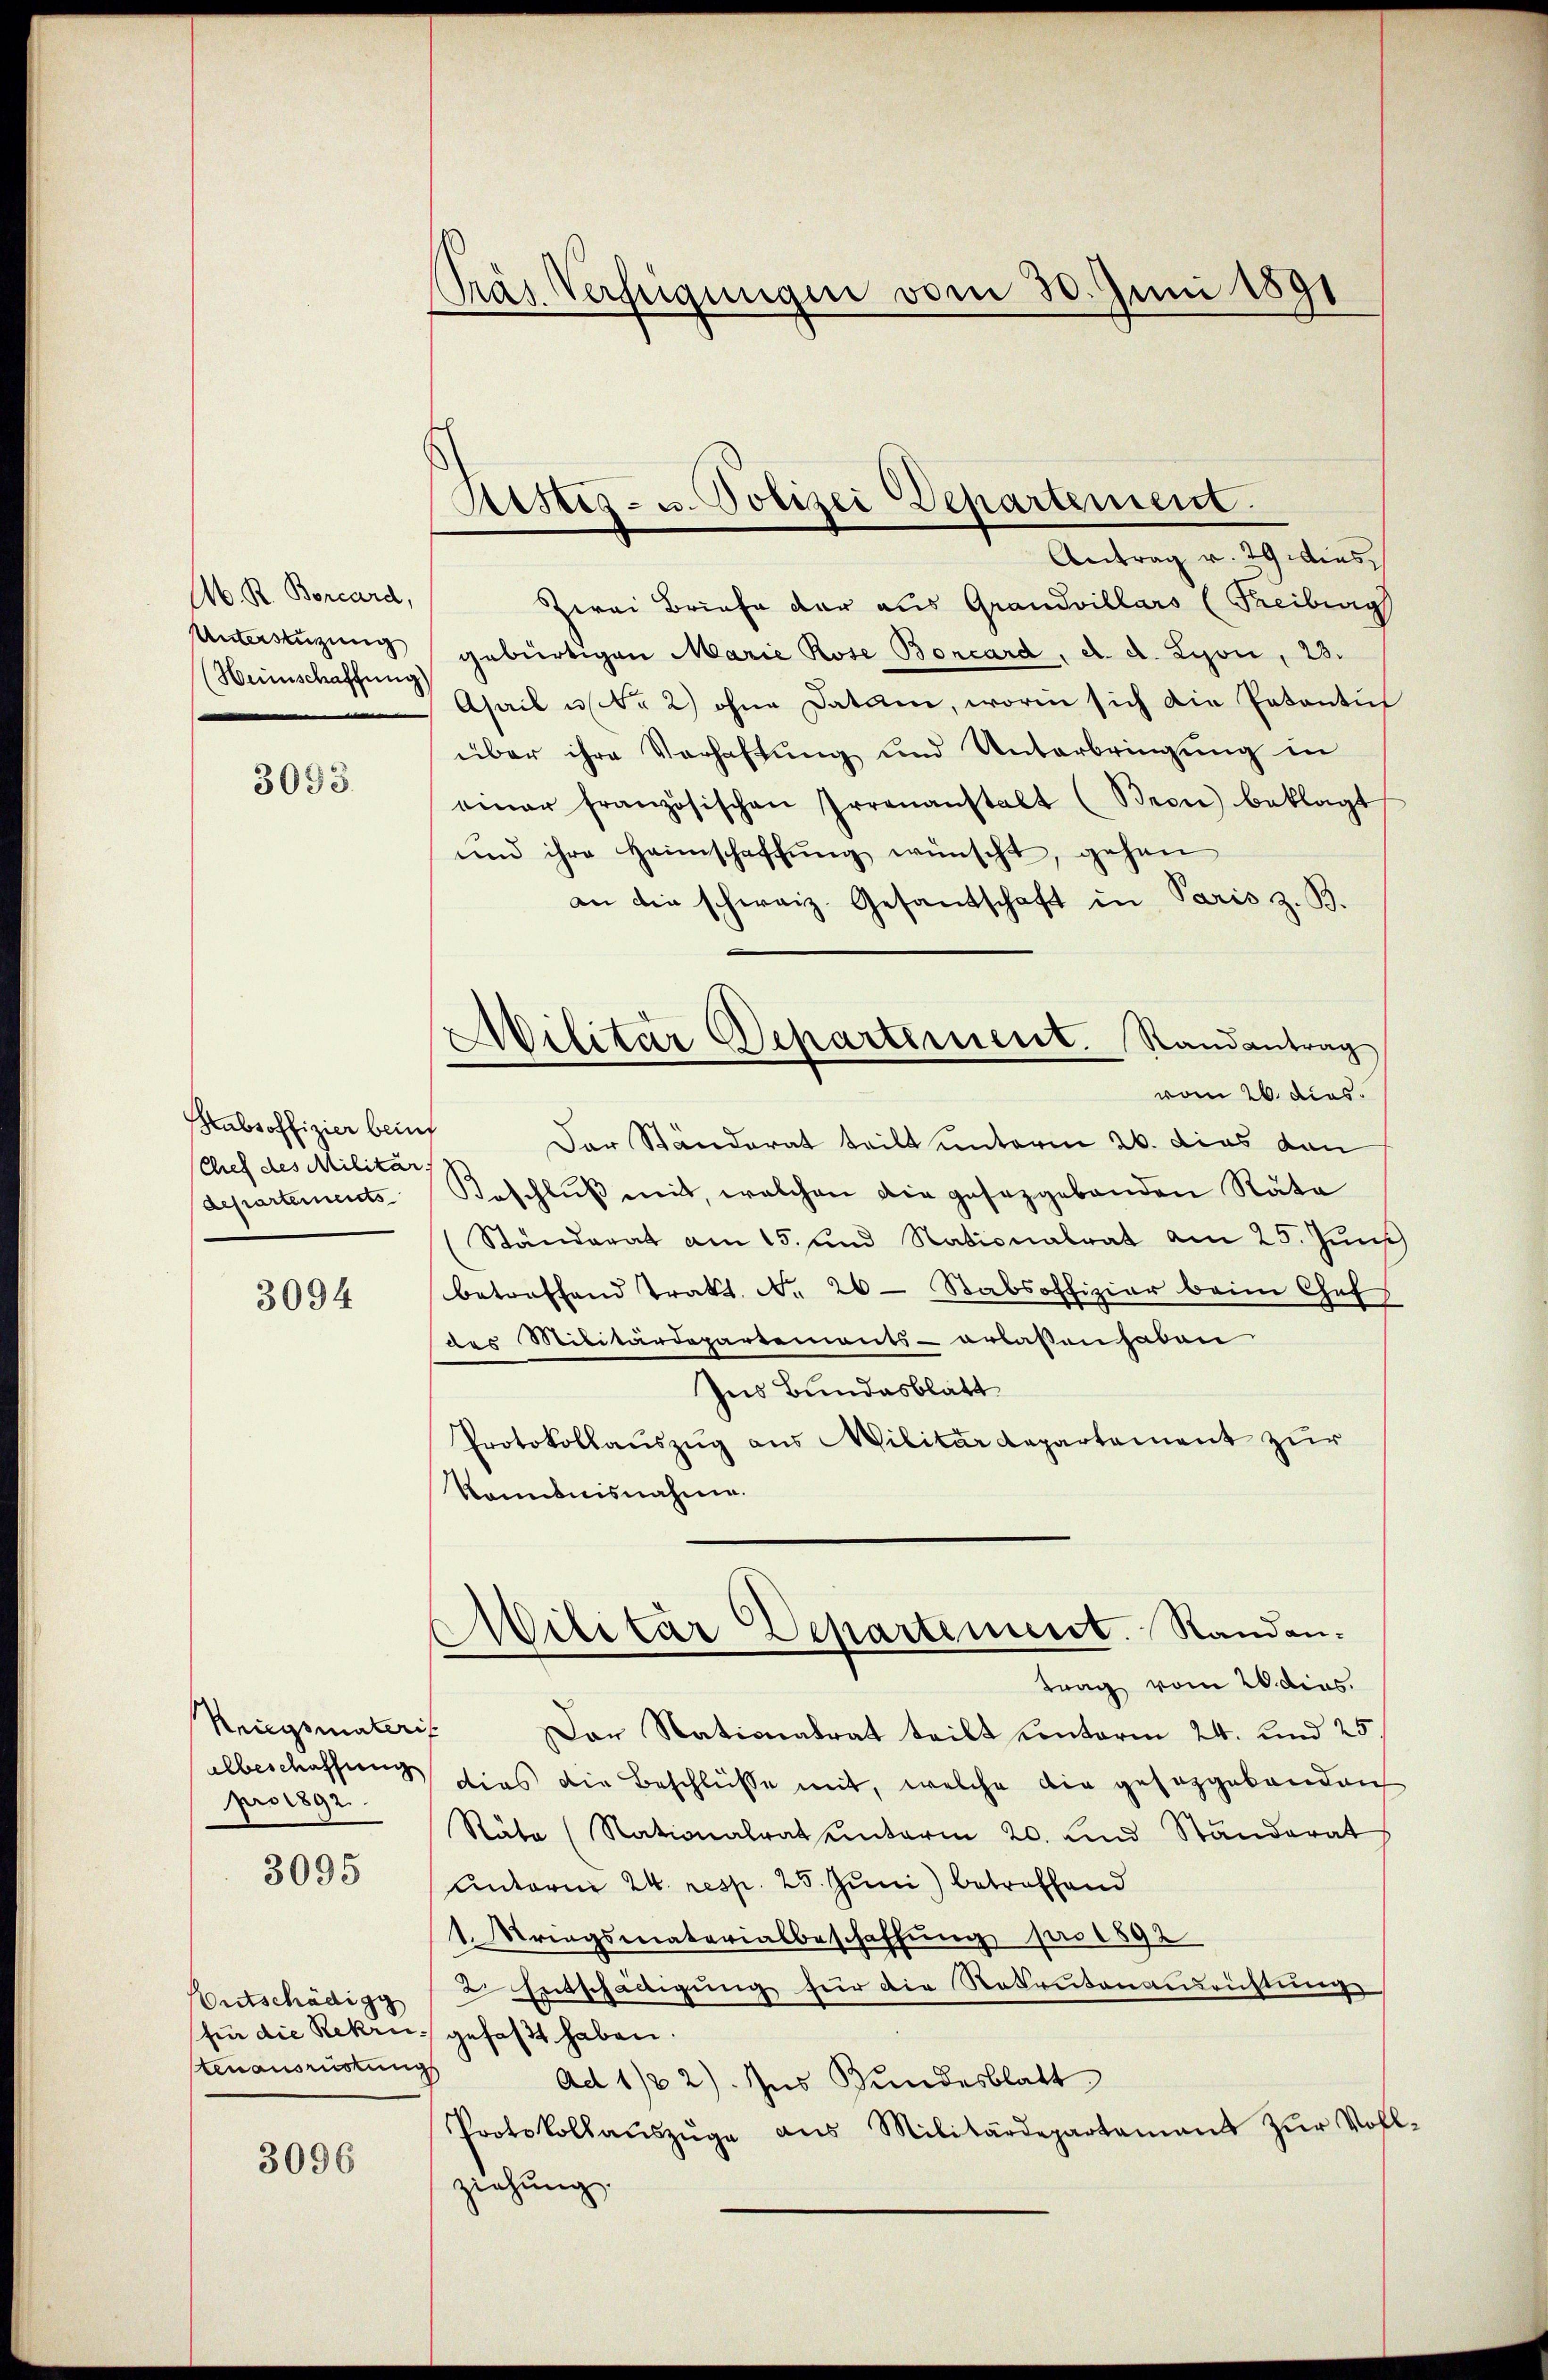
A. R. Borcard,
Unterstüzung
(Heimschaffung)

3093.

Stabsoffizier beins
Chef des Militar
departements

3094

Reiegsmateris
albeschaffung
pro 1892.

3095

nitschädigg
tenausrüstungs

3096

Präs. Verfügungen vom 30. Juni 1891

Kistes- u. Polizei Departement.

Militär Departement. Randantrag

Antrag v. 29 dies
Zwei Briefe der aus Grandvillars (Freiburg
gebürtigen Marie Rose Boncard, d. d. Lyon, 23.
Asail u N. 2) ohne Datum, worin sich die Patantich
über ihre Verhaftung und Unterbringung in
einer französischen Irrenanstalt (Bron) beklagt
und ihre Heimschaffŭng wünscht, gehen
an die schweiz. Gesandschaft in Paris z. B.
vom 26. dies
Der Ständerat teilt unterm 26. dies dan
Beschlŭβ mit, welchen die gesetzgebenden Räte
(Standerat am 15. und Nationalrat am 25. Jun
betreffend Trakt. No. 26. Stabsoffizier beim Chefs
des Militärdepartements - erlassen haben
Ins Bundesblatt
Protokollauszug aus Militärdepartement zur
Komitnisnahme.
AMilitar Departement. Randen.
trag vom 20. dies.
Der Nationalrat teilt unterm 24. und 25.
dies die Beschlüsse mit, welche die gesetzgebenden
Räte (Nationalratenterm 20. und Ständerat
Unterm 24. resp. 25. Juni betreffend
1. Kriegsmaterialbeschaffung pro 1892
2 Entschädigung für die Rekrutenausrichtung
fü die Rekrus gefaßt haben.
Ad 1/2 2) des Bundesblatt
Protokollaŭszŭge ans Militärdepartamant zŭr Voll-
ziehung.